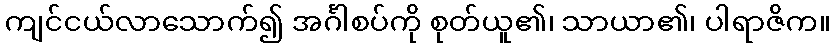
ကျင်ငယ်လာသောက်၍ အင်္ဂါစပ်ကို စုတ်ယူ၏၊ သာယာ၏၊ ပါရာဇိက။